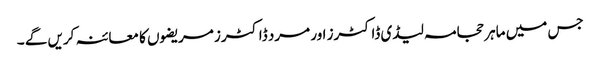
جس میں ماہر حجامہ لیڈی ڈاکٹرز اور مرد ڈاکٹرز مریضوں کا معائنہ کریں گے ۔